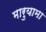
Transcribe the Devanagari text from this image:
मारुयामा